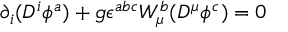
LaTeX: \partial _ { i } ( D ^ { i } \phi ^ { a } ) + g \epsilon ^ { a b c } W _ { \mu } ^ { b } ( D ^ { \mu } \phi ^ { c } ) = 0